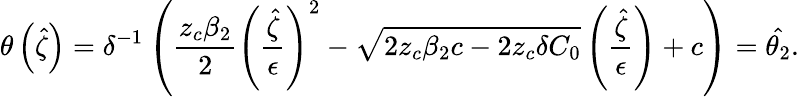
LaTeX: \theta\left(\hat{\zeta}\right)=\delta^{-1}\left(\frac{z_{c}\beta_{2}}{2}\left(\frac{\hat{\zeta}}{\epsilon}\right)^{2}-\sqrt{2z_{c}\beta_{2}c-2z_{c}\delta C_{0}}\left(\frac{\hat{\zeta}}{\epsilon}\right)+c\right)=\hat{\theta_{2}}.